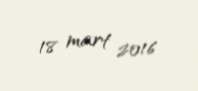
18 mart 2016